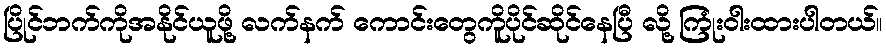
ပြိုင်ဘက်ကိုအနိုင်ယူဖို့ လက်နက် ကောင်းတွေကိူပိုင်ဆိုင်နေပြီ လို့ ကြုံးဝါးထားပါတယ်။